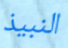
النبيذ